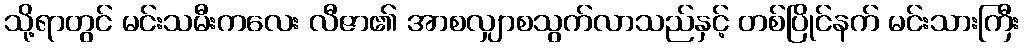
သို့ရာတွင် မင်းသမီးကလေး လီဇာ၏ အာစလျှာစသွက်လာသည်နှင့် တစ်ပြိုင်နက် မင်းသားကြီး